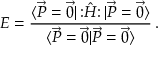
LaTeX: E = \frac { \langle \Vec { P } = \Vec 0 | \, { : } \hat { H } { : } \, | \Vec { P } = \Vec 0 \rangle } { \langle \Vec { P } = \Vec 0 | \Vec { P } = \Vec 0 \rangle } \, .